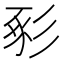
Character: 𢒔